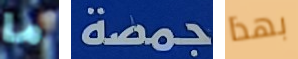
ما جمصة بهذا